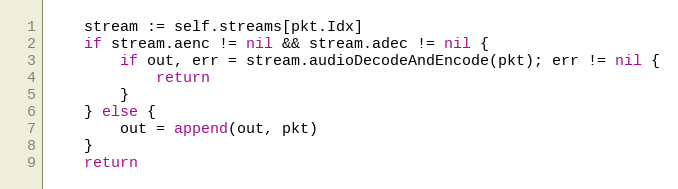
Language: Go
	stream := self.streams[pkt.Idx]
	if stream.aenc != nil && stream.adec != nil {
		if out, err = stream.audioDecodeAndEncode(pkt); err != nil {
			return
		}
	} else {
		out = append(out, pkt)
	}
	return